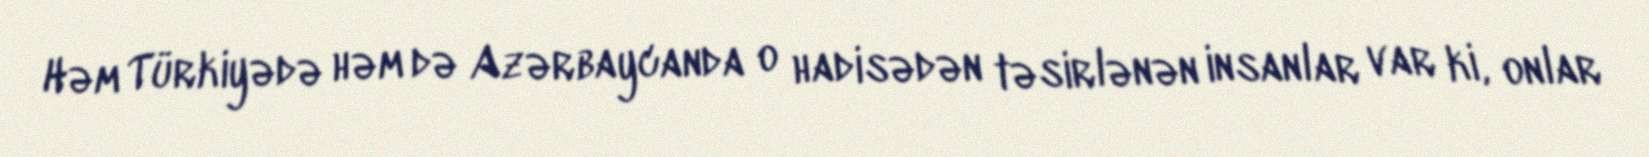
Həm Türkiyədə həm də Azərbaycanda o hadisədən təsirlənən insanlar var ki, onlar